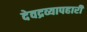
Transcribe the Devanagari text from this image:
देवद्रव्यापहारी